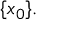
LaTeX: \{ x _ { 0 } \} .